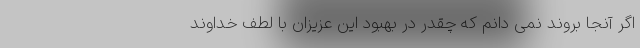
اگر آنجا بروند نمی دانم که چقدر در بهبود این عزیزان با لطف خداوند